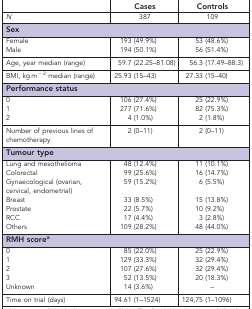
<table><thead><tr><td><b> </b></td><td><b>Cases</b></td><td><b>Controls</b></td></tr></thead><tbody><tr><td><i>N</i></td><td>387</td><td>109</td></tr><tr><td colspan="3"><b>Sex</b></td></tr><tr><td>Female</td><td>193 (49.9%)</td><td>53 (48.6%)</td></tr><tr><td>Male</td><td>194 (50.1%)</td><td>56 (51.4%)</td></tr><tr><td>Age, year median (range)</td><td>59.7 (22.25–81.08)</td><td>56.3 (17.49–88.3)</td></tr><tr><td>BMI, kg m<sup>−2</sup> median (range)</td><td>25.93 (15–43)</td><td>27.33 (15–40)</td></tr><tr><td colspan="3"><b>Performance status</b></td></tr><tr><td>0</td><td>106 (27.4%)</td><td>25 (22.9%)</td></tr><tr><td>1</td><td>277 (71.6%)</td><td>82 (75.3%)</td></tr><tr><td>2</td><td>4 (1.0%)</td><td>2 (1.8%)</td></tr><tr><td>Number of previous lines of chemotherapy</td><td>2 (0–11)</td><td>2 (0–11)</td></tr><tr><td colspan="3"><b>Tumour type</b></td></tr><tr><td>Lung and mesothelioma</td><td>48 (12.4%)</td><td>11 (10.1%)</td></tr><tr><td>Colorectal</td><td>99 (25.6%)</td><td>16 (14.7%)</td></tr><tr><td>Gynaecological (ovarian, cervical, endometrial)</td><td>59 (15.2%)</td><td>6 (5.5%)</td></tr><tr><td>Breast</td><td>33 (8.5%)</td><td>15 (13.8%)</td></tr><tr><td>Prostate</td><td>22 (5.7%)</td><td>10 (9.2%)</td></tr><tr><td>RCC</td><td>17 (4.4%)</td><td>3 (2.8%)</td></tr><tr><td>Others</td><td>109 (28.2%)</td><td>48 (44.0%)</td></tr><tr><td colspan="3"><b>RMH score</b>a</td></tr><tr><td>0</td><td>85 (22.0%)</td><td>25 (22.9%)</td></tr><tr><td>1</td><td>129 (33.3%)</td><td>32 (29.4%)</td></tr><tr><td>2</td><td>107 (27.6%)</td><td>32 (29.4%)</td></tr><tr><td>3</td><td>52 (13.5%)</td><td>20 (18.3%)</td></tr><tr><td>Unknown</td><td>14 (3.6%)</td><td>–</td></tr><tr><td>Time on trial (days)</td><td>94.61 (1–1524)</td><td>124,75 (1–1096)</td></tr></tbody></table>